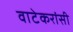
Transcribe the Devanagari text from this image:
वाटेकरांसी